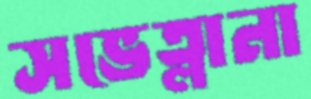
সভেত্লানা